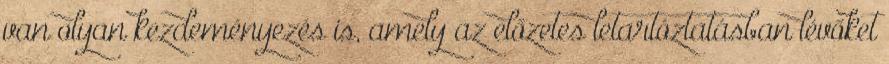
van olyan kezdeményezés is, amely az előzetes letartóztatásban lévőket